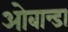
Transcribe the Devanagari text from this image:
ओबान्डा